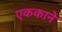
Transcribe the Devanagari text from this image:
एककाने